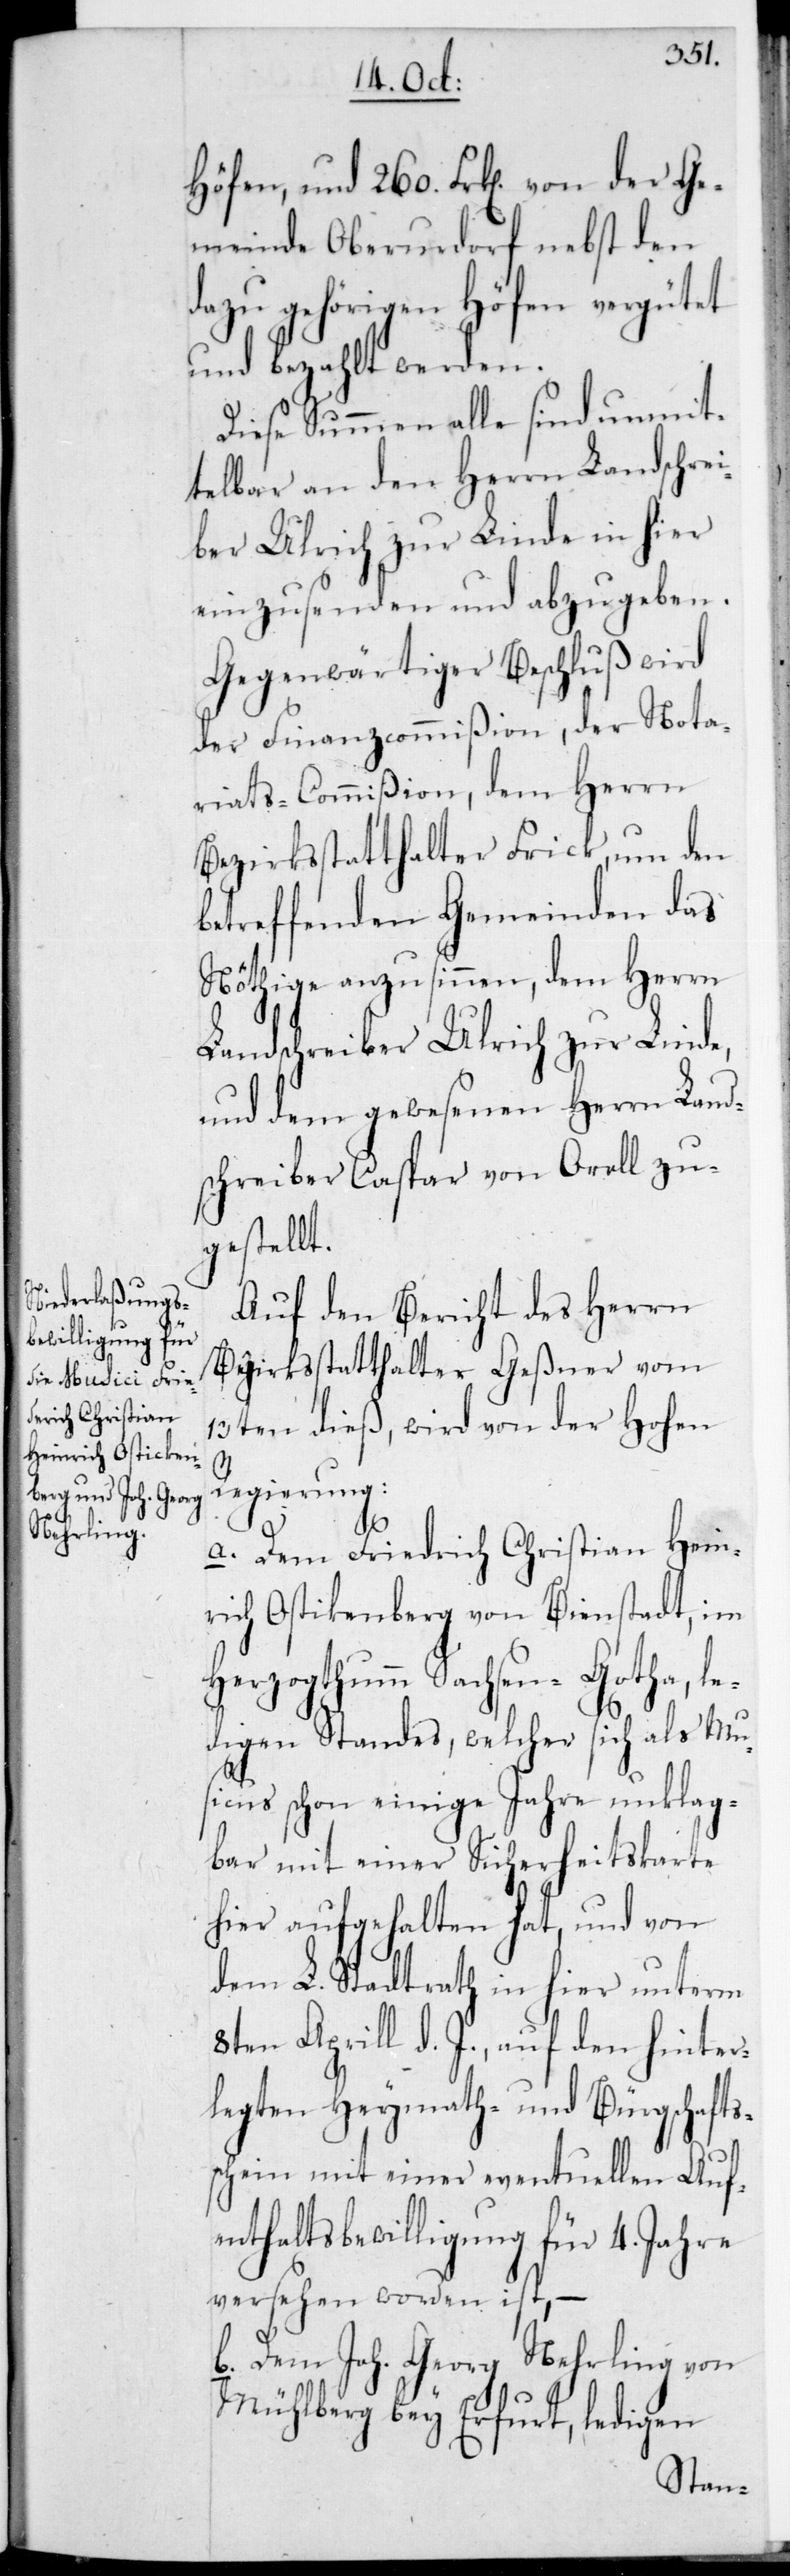
einrich Ostiken¬

Höfen, und 260 Frk[en] von der Ge¬
meinde Oberurdorf nebst den
dazu gehörigen Höfen vergütet
und bezahlt werden.
Diese Summen alle sind unmit¬
telbar an den Herrn Landschrei¬
ber Ulrich zur Linde in hier
einzusenden und abzugeben.
Gegenwärtiger Beschluß wird
der Finanzcommißion, der Nota¬
riats-Commißion, dem Herrn
Bezirksstatthalter Frick, um den
betreffenden Gemeinden das
Nöthige anzusinnen, dem Herrn
Landschreiber Ulrich zur Linde,
und dem gewesenen Herrn Land¬
schreiber Caspar von Orell zu¬
gestellt.
Auf den Bericht des Herrn
Bezirksstatthalter Geßner vom
13ten dieß, wird von der Hohen
Regierung:
berg
a. Dem Friedrich Christian H¬
Herzogthumm Sachsen-Gotha, le¬
digenStandes, welcher sich als Mu¬
sicus schon einige Jahre unklag¬
bar mit einer Sicherheitskarte
hier aufgehalten hat, und von
dem L. Stadtrath in hier unterm
8ten Aprill d. J. auf den hinter¬
legten Heymath- und Bürgschafts¬
schein mit einer eventuellen Auf¬
enthaltsbewilligung für 4 Jahre
versehen worden ist, –
b. Dem Joh. Georg Nehrling von
Mühlberg bey Erfurt, ledigen